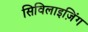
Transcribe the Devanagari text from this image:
सिविलाइज़िंग